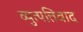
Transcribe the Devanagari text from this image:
व्युत्पत्तिवाद